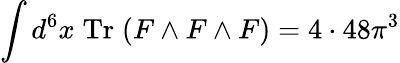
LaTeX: \int d^{6}x\; \mathrm{Tr}\; (F\wedge F\wedge F)=4\cdot 48\pi^{3}